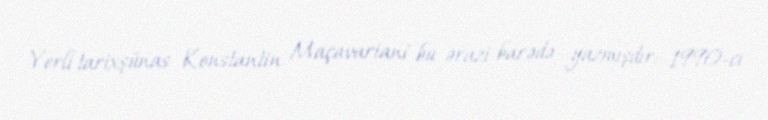
Yerli tarixşünas Konstantin Maçavariani bu ərazi barədə yazmışdır: 1990-cı